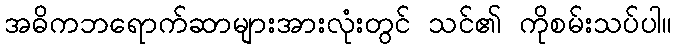
အဓိကဘရောက်ဆာများအားလုံးတွင် သင်၏ ကိုစမ်းသပ်ပါ။